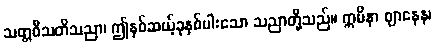
သတ္တဝီသတိသညာ၊ ဤနှစ်ဆယ့်ခုနှစ်ပါးသော သညာတို့သည်။ ဣမိနာ ဈာနေန၊